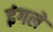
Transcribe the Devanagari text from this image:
इंगले